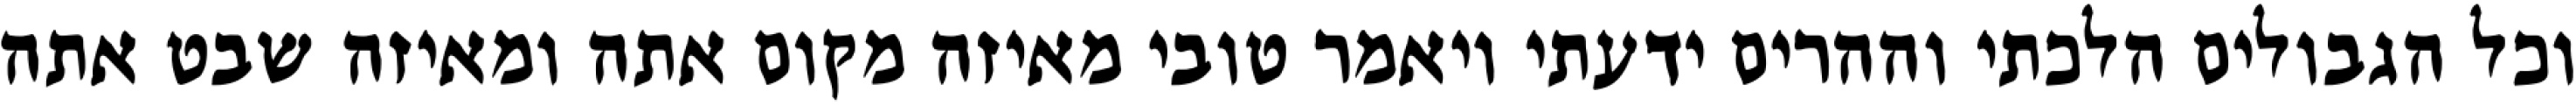
וכל הגבולים הלכתי וההרים ידעתי ויאמר טובי מאיזה מקום אתה ומאיזה שבט אתה